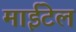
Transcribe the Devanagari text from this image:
माईटेल